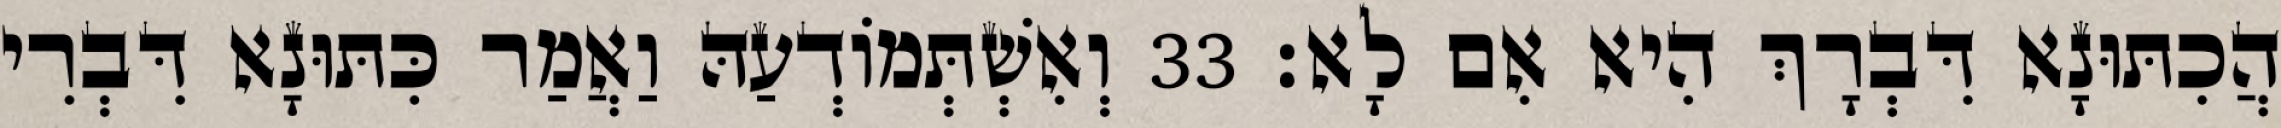
הֲכִתּוּנָא דִּבְרָךְ הִיא אִם לָא׃ 33 וְאִשְׁתְּמוֹדְעַהּ וַאֲמַר כִּתּוּנָא דִּבְרִי